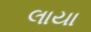
લાયા